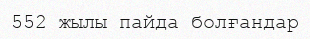
552 жылы пайда болғандар